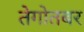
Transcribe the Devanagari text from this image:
तेगोतबर